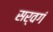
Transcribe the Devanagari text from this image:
सर्वगं